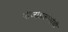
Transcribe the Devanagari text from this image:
बीजांडकोषांची